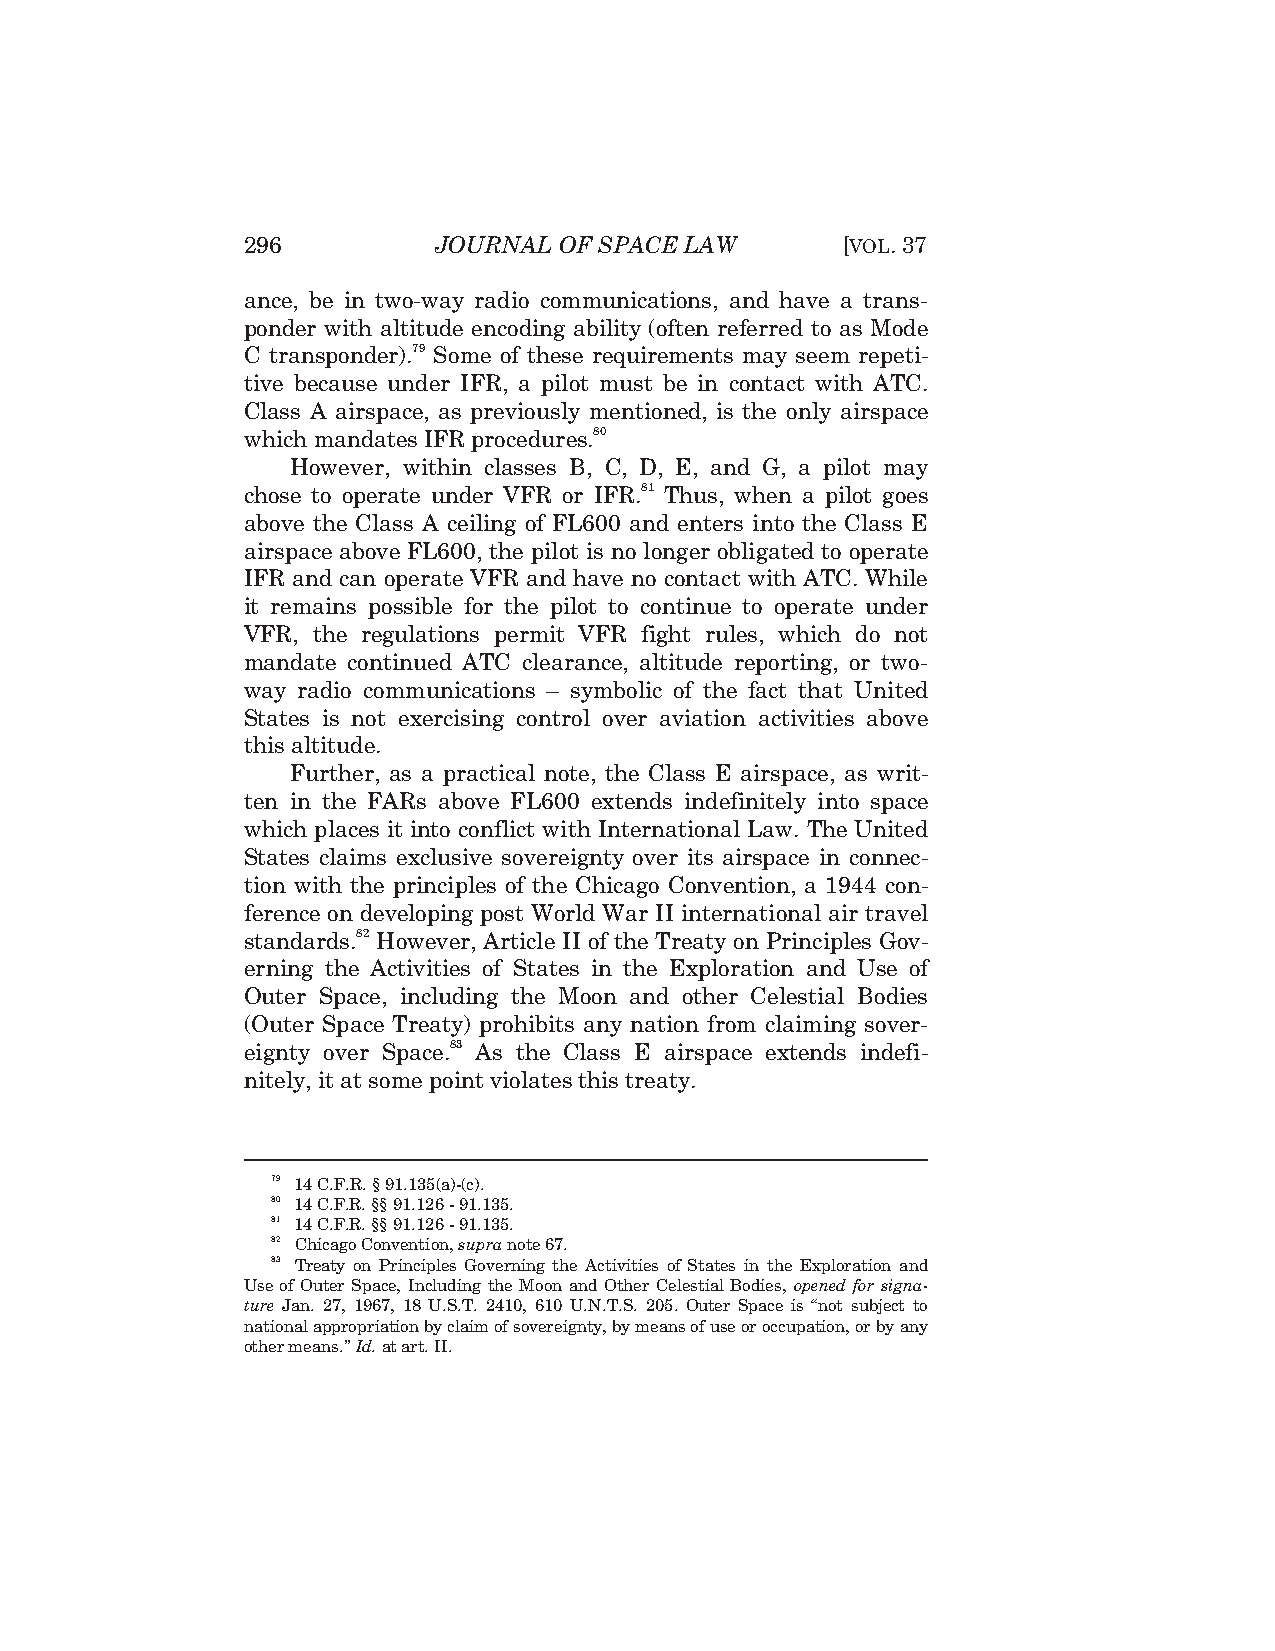
296          JOURNAL OF SPACE LAW       [VOL. 37
 ance, be in two-way radio communications, and have a trans-
 ponder with altitude encoding ability (often referred to as Mode
 C transponder).79 Some of these requirements may seem repeti-
 tive because under IFR, a pilot must be in contact with ATC.
 Class A airspace, as previously mentioned, is the only airspace
 which mandates IFR procedures.80
 However, within classes B, C, D, E, and G, a pilot may
 chose to operate under VFR or IFR.81 Thus, when a pilot goes
 above the Class A ceiling of FL600 and enters into the Class E
 airspace above FL600, the pilot is no longer obligated to operate
 IFR and can operate VFR and have no contact with ATC. While
 it remains possible for the pilot to continue to operate under
 VFR, the regulations permit VFR fight rules, which do not
 mandate continued ATC clearance, altitude reporting, or two-
 way radio communications – symbolic of the fact that United
 States is not exercising control over aviation activities above
 this altitude.
 Further, as a practical note, the Class E airspace, as writ-
 ten in the FARs above FL600 extends indefinitely into space
 which places it into conflict with International Law. The United
 States claims exclusive sovereignty over its airspace in connec-
 tion with the principles of the Chicago Convention, a 1944 con-
 ference on developing post World War II international air travel
 standards.82 However, Article II of the Treaty on Principles Gov-
 erning the Activities of States in the Exploration and Use of
 Outer Space, including the Moon and other Celestial Bodies
 (Outer Space Treaty) prohibits any nation from claiming sover-
 eignty over Space.83 As the Class E airspace extends indefi-
 nitely, it at some point violates this treaty.
 79 14 C.F.R. § 91.135(a)-(c).
 80 14 C.F.R. §§ 91.126 - 91.135.
 81 14 C.F.R. §§ 91.126 - 91.135.
 82 Chicago Convention, supra note 67.
 83 Treaty on Principles Governing the Activities of States in the Exploration and
 Use of Outer Space, Including the Moon and Other Celestial Bodies, opened for signa-
 ture Jan. 27, 1967, 18 U.S.T. 2410, 610 U.N.T.S. 205. Outer Space is “not subject to
 national appropriation by claim of sovereignty, by means of use or occupation, or by any
 other means.” Id. at art. II.